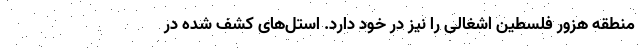
منطقه هزور فلسطین اشغالی را نیز در خود دارد. استل‌های کشف شده در